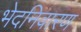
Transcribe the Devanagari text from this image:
भेदनिवारण